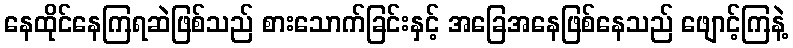
နေထိုင်နေကြရဆဲဖြစ်သည် စားသောက်ခြင်းနှင့် အခြေအနေဖြစ်နေသည် ဖျောင့်ကြနဲ့